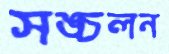
সঙ্চলন